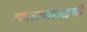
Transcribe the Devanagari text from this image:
आतड्याआधी